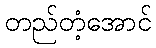
တည်တံ့အောင်